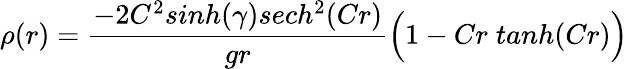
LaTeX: \rho(r)={\frac{-2C^{2}sinh(\gamma)sech^{2}(Cr)}{gr}}\Big(1-Cr\; tanh(Cr)\Big)